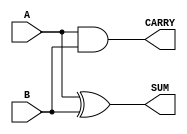
`timescale 1ns / 1ps
//////////////////////////////////////////////////////////////////////////////////
// Company: 
// Engineer: 
// 
// Design Name: 
// Module Name: top
// Project Name: 
// Target Devices: 
// Tool Versions: 
// Description: 
// 
// Dependencies: 
// 
// Revision:
// Revision 0.01 - File Created
// Additional Comments:
// 
//////////////////////////////////////////////////////////////////////////////////


module top(
    input A,
    input B,
    output SUM,
    output CARRY
    );

  assign SUM   = A ^ B;  // bitwise xor
  assign CARRY = A & B;  // bitwise and    
    
endmodule